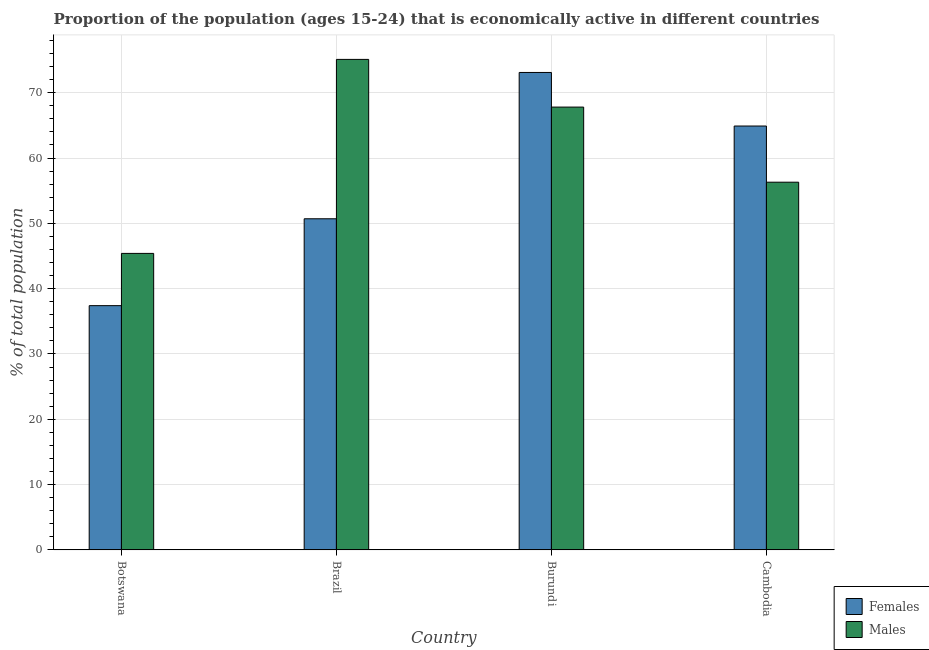
| Country | Females | Males |
 | --- | --- | --- |
 | Botswana | 37.4 | 45.4 |
 | Brazil | 50.7 | 75.1 |
 | Burundi | 73.1 | 67.8 |
 | Cambodia | 64.9 | 56.3 |